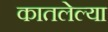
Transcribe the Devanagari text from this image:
कातलेल्या